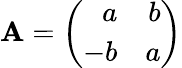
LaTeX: {\sf\mathbf{A}}=\left(\begin{array}{rr}{{a}}&{{b}}\\ {{-b}}&{{a}}\end{array}\right)